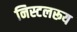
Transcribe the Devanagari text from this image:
निस्टलरूय